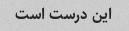
این درست است